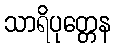
သာရိပုတ္တေန